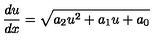
\frac { d u } { d x } = \sqrt { a _ { 2 } u ^ { 2 } + a _ { 1 } u + a _ { 0 } }